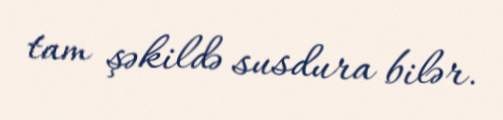
tam şəkildə susdura bilər.